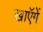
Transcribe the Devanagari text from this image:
खाएॅगें